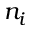
n _ { i }